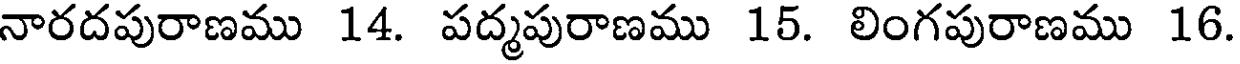
నారదపురాణము 14. పద్మపురాణము 15. లింగపురాణము 16